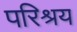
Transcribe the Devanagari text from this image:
परिश्रय